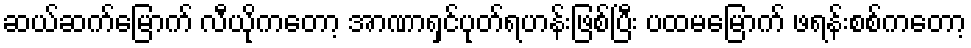
ဆယ်ဆက်မြောက် လီယိုကတော့ အာဏာရှင်ပုတ်ရဟန်းဖြစ်ပြီး ပထမမြောက် ဖရန်းစစ်ကတော့